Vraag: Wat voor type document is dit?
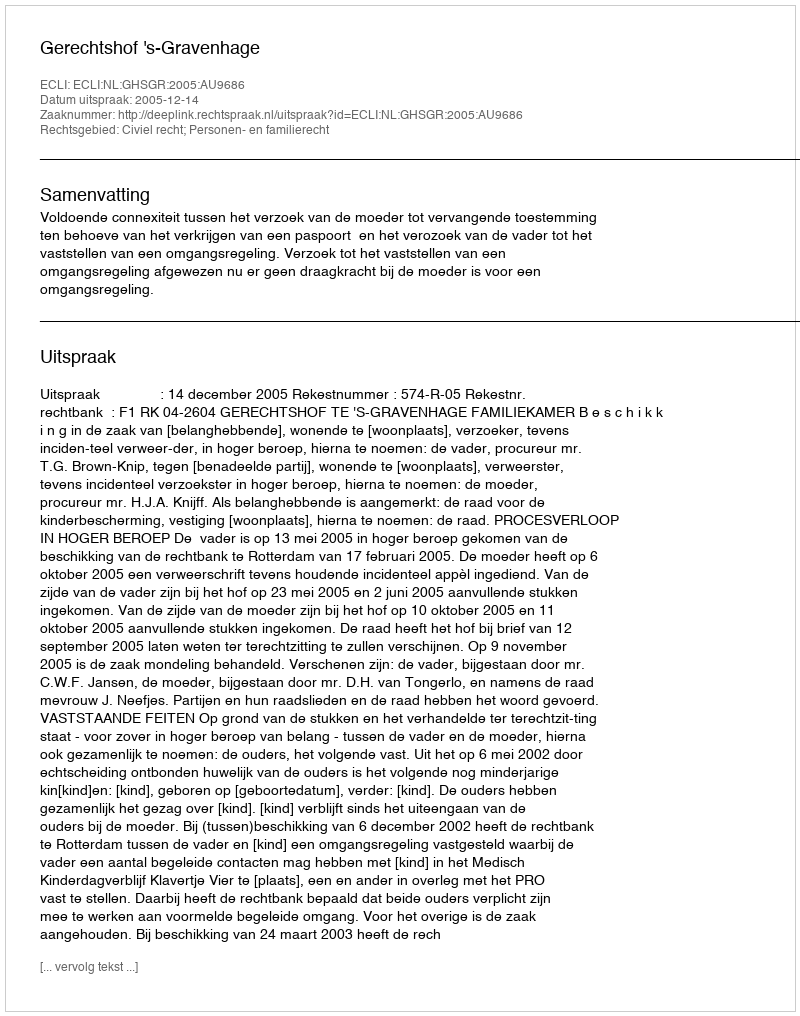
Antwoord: Uitspraak